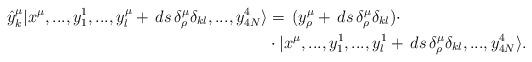
LaTeX: \begin{align*}\hat{y}^\mu_k|x^\mu,...,y^1_1,...,y^\mu_{l}+\,d s \,\delta^\mu_\rho \delta_{kl},...,y^4_{4N}\rangle & =\,(y^\mu_{\rho}+\,d s \,\delta^\mu_\rho \delta_{kl})\cdot\\& \cdot |x^\mu,...,y^1_1,...,y^1_{l}+\,d s \,\delta^\mu_\rho \delta_{kl},...,y^4_{4N}\rangle .\end{align*}